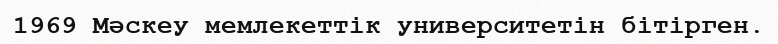
1969 Мәскеу мемлекеттік университетін бітірген.